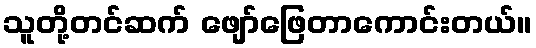
သူတို့တင်ဆက် ဖျော်ဖြေတာကောင်းတယ်။